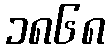
၁၈၆၈